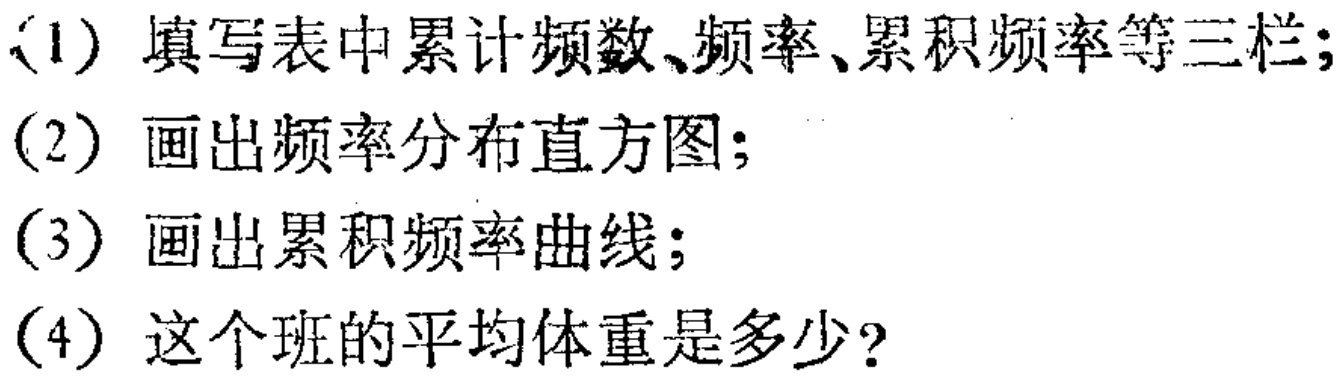
(1) 填写表中累计频数、频率、累积频率等三栏;
(2) 画出频率分布直方图;
(3) 画出累积频率曲线;
(4) 这个班的平均体重是多少?